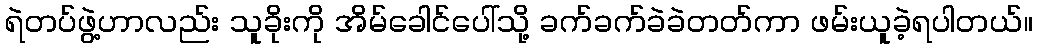
ရဲတပ်ဖွဲ့ဟာလည်း သူခိုးကို အိမ်ခေါင်ပေါ်သို့ ခက်ခက်ခဲခဲတတ်ကာ ဖမ်းယူခဲ့ရပါတယ်။